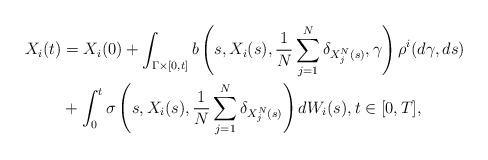
LaTeX: \begin{align*} X_{i}(t) &= X_{i}(0) + \int_{\Gamma\times [0,t]} b\left(s,X_{i}(s),\frac{1}{N} \sum_{j=1}^{N} \delta_{X^{N}_{j}(s)},\gamma\right) \rho^{i}(d\gamma,ds) \\&+ \int_{0}^{t} \sigma\left(s,X_{i}(s),\frac{1}{N} \sum_{j=1}^{N} \delta_{X^{N}_{j}(s)}\right)dW_{i}(s),t\in [0,T],\end{align*}